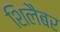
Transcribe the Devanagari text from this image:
शिलैबर